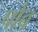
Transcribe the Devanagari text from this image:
पोव